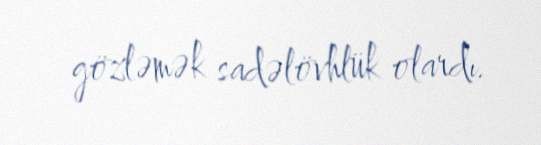
gözləmək sadəlövhlük olardı.